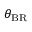
\theta _ { \mathrm { B R } }